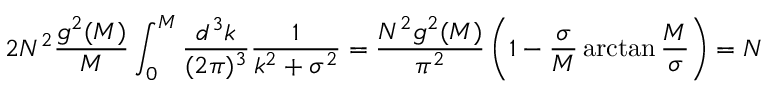
2 N ^ { 2 } { \frac { g ^ { 2 } ( M ) } { M } } \int _ { 0 } ^ { M } { \frac { d ^ { 3 } k } { ( 2 \pi ) ^ { 3 } } } { \frac { 1 } { k ^ { 2 } + \sigma ^ { 2 } } } = { \frac { N ^ { 2 } g ^ { 2 } ( M ) } { \pi ^ { 2 } } } \left( 1 - { \frac { \sigma } { M } } \arctan { \frac { M } { \sigma } } \right) = N